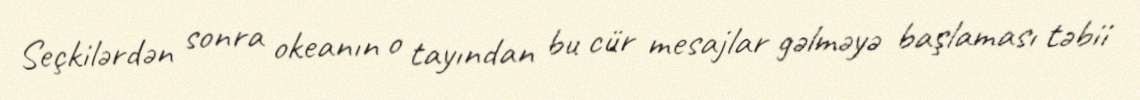
Seçkilərdən sonra okeanın o tayından bu cür mesajlar gəlməyə başlaması təbii